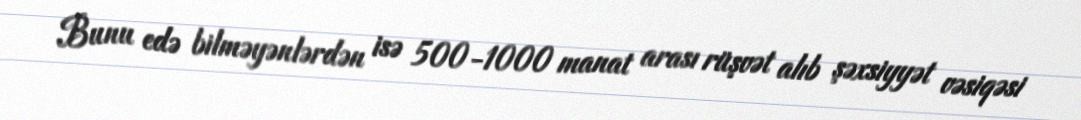
Bunu edə bilməyənlərdən isə 500-1000 manat arası rüşvət alıb şəxsiyyət vəsiqəsi